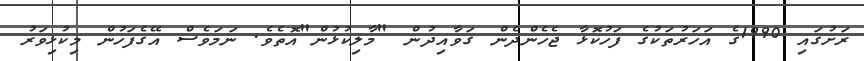
ރަށުގައި 1990ގެ އަހަރުތަކުގެ ފަހުކޮޅާ ޖެހެންދެން ގަވާއިދުން "މާލިކުޅުން"އޮތެވެ. ނަމަވެސް އޭގެފަހުން މިކުޅިވަރު